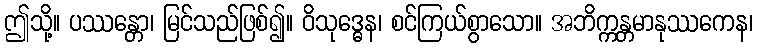
ဤသို့။ ပဿန္တော၊ မြင်သည်ဖြစ်၍။ ဝိသုဒ္ဓေန၊ စင်ကြယ်စွာသော။ အဘိက္ကန္တမာနုဿကေန၊